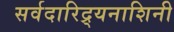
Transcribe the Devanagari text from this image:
सर्वदारिद्र्यनाशिनी